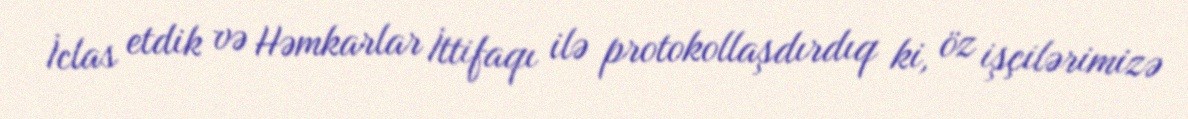
İclas etdik və Həmkarlar İttifaqı ilə protokollaşdırdıq ki, öz işçilərimizə